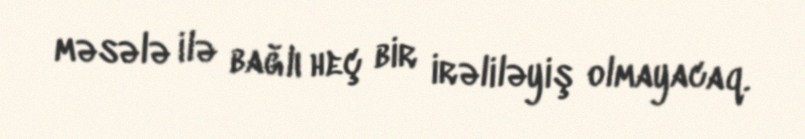
məsələ ilə bağlı heç bir irəliləyiş olmayacaq.